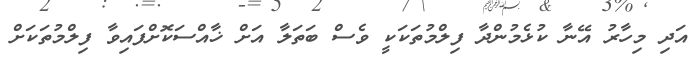
އަދި މިހާރު އޭނާ ކުޅެމުންދާ ފިލްމުތަކަކީ ވެސް ބަތަލާ އަށް ޚާއްސަކޮށްފައިވާ ފިލްމުތަކަށް